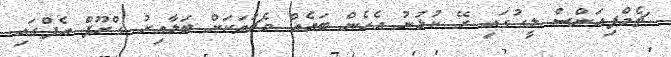
ޗެމްޕިއަންސް ލީގުގައި ރޭ ކުޅުނު އެހެން ބައެއް މެޗުތަކަށް ބަލާއިރު ގްރޫޕް އެފްގައި